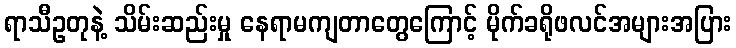
ရာသီဥတုနဲ့ သိမ်းဆည်းမှု နေရာမကျတာတွေကြောင့် မိုက်ခရိုဖလင်အများအပြား